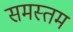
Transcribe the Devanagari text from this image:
समस्तम